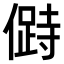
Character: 𠍰